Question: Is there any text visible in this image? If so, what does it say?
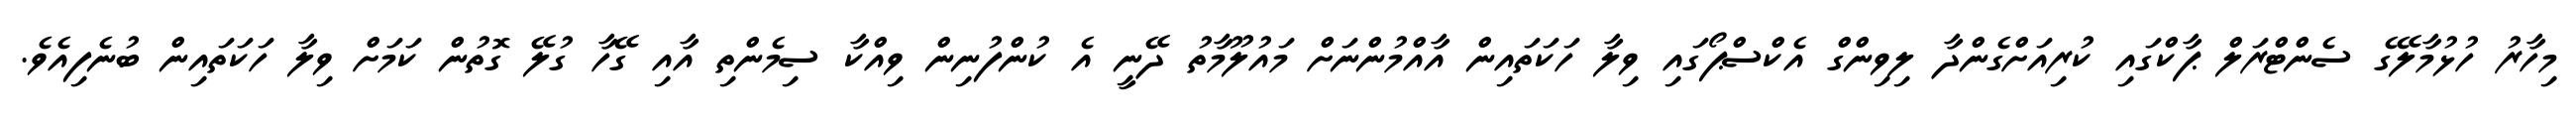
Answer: މިހާރު ހުޅުމާލޭގެ ސެންޓްރަލް ޕާކްގައި ކުރިއަށްގެންދާ ލިވިންގް އެކްސްޕޯގައި ވިލާ ހަކަތައިން އާއްމުންނަށް މައުލޫމާތު ދޭނީ އެ ކުންފުނިން ވިއްކާ ސިމެންތި އާއި ގޭހާ ގުލޭ ގޮތުން ކަމަށް ވިލާ ހަކަތައިން ބުނެފިއެވެ.